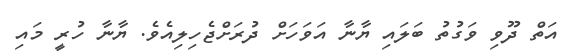
އަތް ދޫވި ވަގުތު ބަލައި ޔާނާ އަވަހަށް ދުރަށްޖެހިލިއެވެ. ޔާނާ ހުރީ މައި